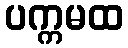
ပက္ကမထ